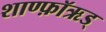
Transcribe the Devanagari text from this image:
शाण्फ़ॉऋड्